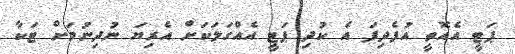
ޕަޓީ އެއޮތީ އުފެދިފަ އެ ކުދި ޕަޓީ އެއްގަލަކަށް އެރިޔަ ނުދިނުމަށް ޓަކާ